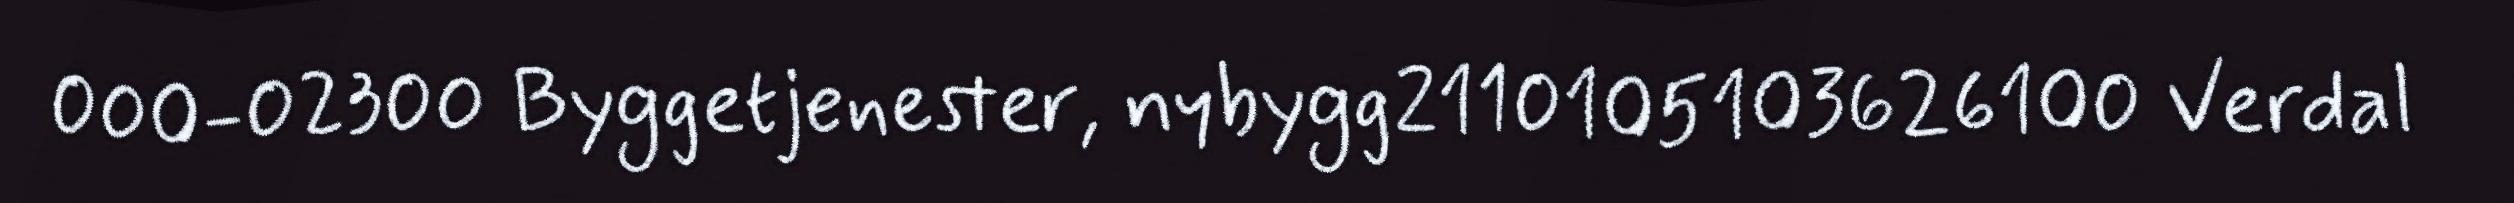
000-02300 Byggetjenester, nybygg2110105103626100 Verdal